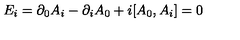
E _ { i } = \partial _ { 0 } A _ { i } - \partial _ { i } A _ { 0 } + i [ A _ { 0 } , A _ { i } ] = 0